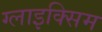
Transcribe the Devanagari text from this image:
ग्लाइक्सिम